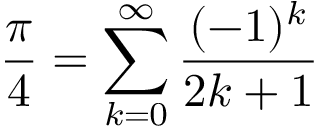
{ \frac { \pi } { 4 } } = \sum _ { k = 0 } ^ { \infty } { \frac { ( - 1 ) ^ { k } } { 2 k + 1 } }